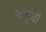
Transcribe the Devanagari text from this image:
भातूंची